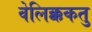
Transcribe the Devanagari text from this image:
वेलिक्ककतु